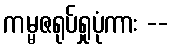
ကမ္မဇရုပ်ရှုပုံကား --